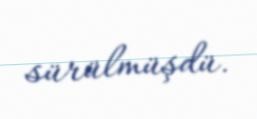
sürülmüşdü.